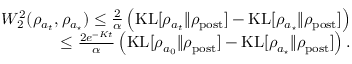
\begin{array} { r } { W _ { 2 } ^ { 2 } ( \rho _ { a _ { t } } , \rho _ { a _ { \star } } ) \leq \frac { 2 } { \alpha } \left( { \mathrm { K L } } [ \rho _ { a _ { t } } \Vert \rho _ { \mathrm { p o s t } } ] - { \mathrm { K L } } [ \rho _ { a _ { \star } } \Vert \rho _ { \mathrm { p o s t } } ] \right) } \\ { \leq \frac { 2 e ^ { - K t } } { \alpha } \left( { \mathrm { K L } } [ \rho _ { a _ { 0 } } \Vert \rho _ { \mathrm { p o s t } } ] - { \mathrm { K L } } [ \rho _ { a _ { \star } } \Vert \rho _ { \mathrm { p o s t } } ] \right) . } \end{array}